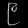
Digit: ၉